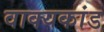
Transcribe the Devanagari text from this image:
वाक्यकांड